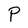
Character: P